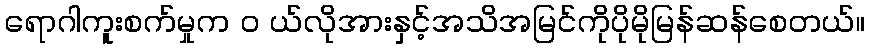
ရောဂါကူးစက်မှုက ၀ ယ်လိုအားနှင့်အသိအမြင်ကိုပိုမိုမြန်ဆန်စေတယ်။